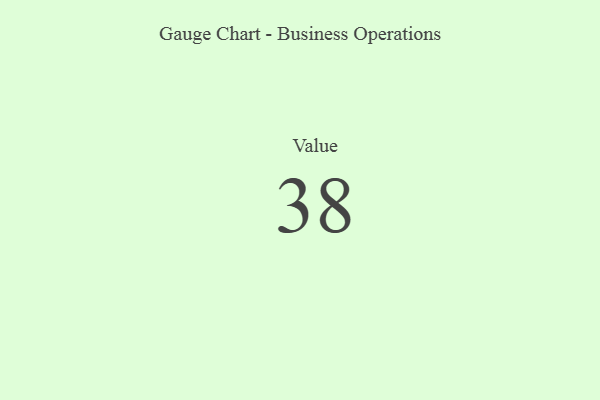
{"axis": {"x": "Metric", "y": "Value"}, "legend": [""], "data": [{"x": "Value", "y": 38, "type": ""}]}